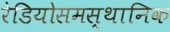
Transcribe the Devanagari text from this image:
रेडियोसमस्थानिक